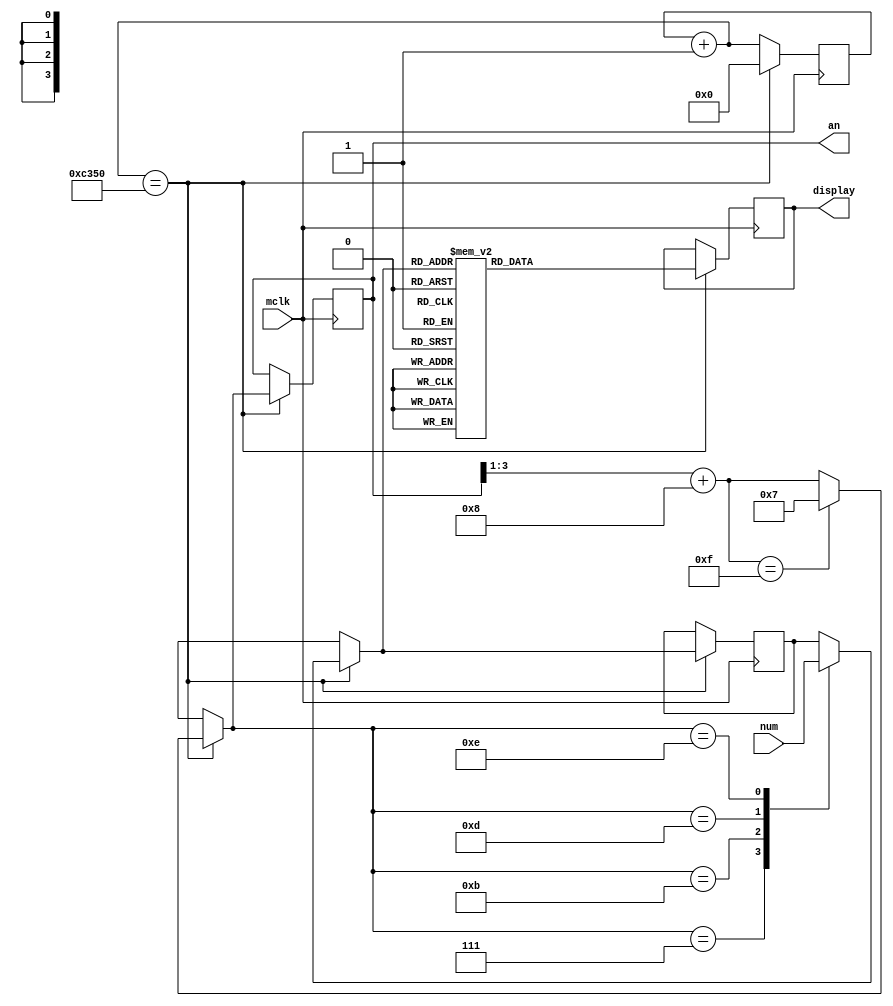
module Print(
    input mclk,
    input [15:0] num,
    output reg [7:0] display,
    output reg [3:0] an
    );

    reg [3:0] tmp;
    reg [15:0] counter;

    parameter [15:0] MAX_COUNTER = 16'D5_0000;

    initial begin
        an = 4'B0111;
        counter = 0;
    end

    always@(posedge mclk) begin
        counter = counter + 1;
        if (counter == MAX_COUNTER) begin
            an = (an >> 1) + 4'B1000;
            if (an == 4'B1111) begin
                an = 4'B0111;
            end
            counter = 0;
            case(an)
                4'B0111: tmp = num[15:12];
                4'B1011: tmp = num[11:8];
                4'B1101: tmp = num[7:4];
                4'B1110: tmp = num[3:0];
            endcase
            case(tmp)
                4'H0: display = 8'B0000_0011;
                4'H1: display = 8'B1001_1111;
                4'H2: display = 8'B0010_0101;
                4'H3: display = 8'B0000_1101;
                4'H4: display = 8'B1001_1001;
                4'H5: display = 8'B0100_1001;
                4'H6: display = 8'B0100_0001;
                4'H7: display = 8'B0001_1111;
                4'H8: display = 8'B0000_0001;
                4'H9: display = 8'B0000_1001;
                4'Ha: display = 8'B0001_0001;
                4'Hb: display = 8'B1100_0001;
                4'Hc: display = 8'B0110_0011;
                4'Hd: display = 8'B1000_0101;
                4'He: display = 8'B0110_0001;
                4'Hf: display = 8'B0111_0001;
            endcase
        end
    end
endmodule